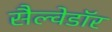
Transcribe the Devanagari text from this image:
सैल्वेडॉर